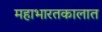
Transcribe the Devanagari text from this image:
महाभारतकालात